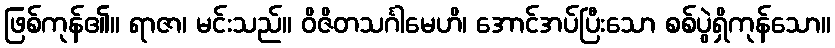
ဖြစ်ကုန်၏။ ရာဇာ၊ မင်းသည်။ ဝိဇိတသင်္ဂါမေဟိ၊ အောင်အပ်ပြီးသော စစ်ပွဲရှိကုန်သော။